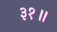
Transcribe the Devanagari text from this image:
३१॥